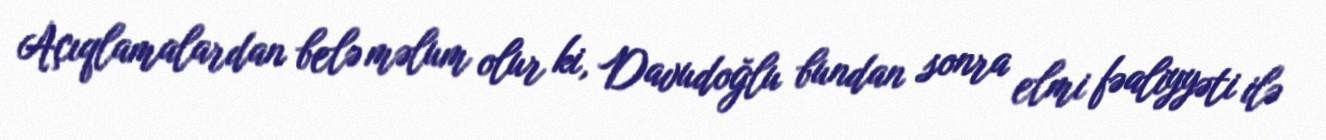
Açıqlamalardan belə məlum olur ki, Davudoğlu bundan sonra elmi fəaliyyəti ilə